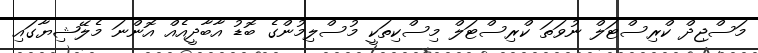
މަސްޖިދް ކްރިސްޓަލް ނުވަތަ ކްރިސްޓަލް މިސްކިތަކީ މުސްލިމުންގެ ބޮޑު އާބާދީއެއް އޮންނަ މެލޭޝިޔާގައި